Vaccination in Bombay 1902-1912 - 1902-1912
Year: 1902
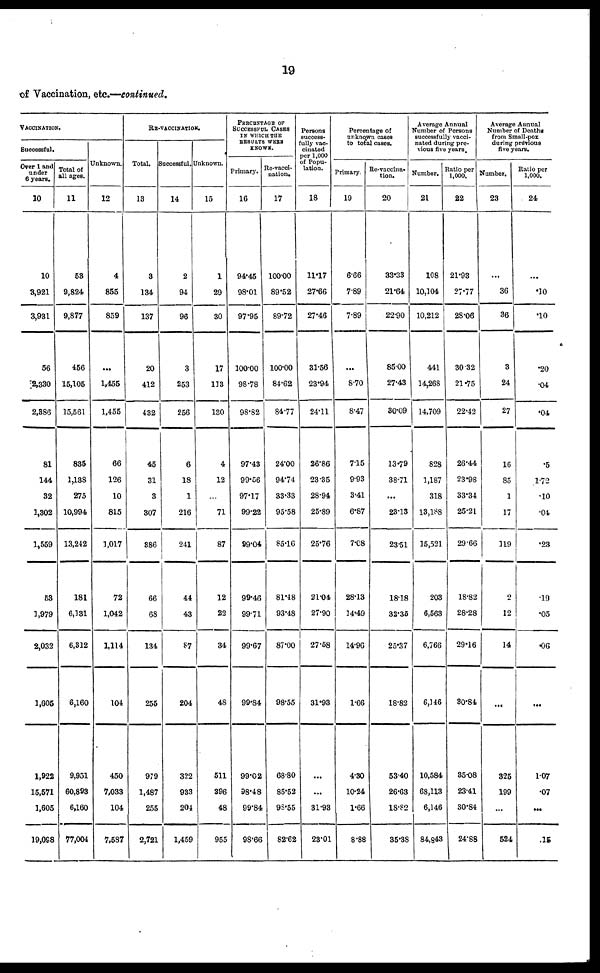
19
of Vaccination, etc.—continued.
VACCINATION.
Successful.
Over 1 and
under
6 years.
10
10
3,921
3,931
56
2,330
2,386
81
144
32
1,302
1,559
53
1,979
2,032
1,605
1,922
15,571
1,605
19,098
Total of
all ages.
11
53
9,824
9,877
456
15,105
15,561
835
1,138
275
10,994
13,242
181
6,131
6,312
6,160
9,951
60,893
6,160
77,004
Unknown.
12
4
855
859
...
1,455
1,455
66
126
10
815
1,017
72
1,042
1,114
104
450
7,033
104
7,587
RE-VACCINATION.
Total.
13
3
134
137
20
412
432
45
31
3
307
386
66
68
134
255
979
1,487
255
2,721
Successful.
14
2
94
96
3
253
256
6
18
1
216
241
44
43
87
204
322
933
204
1,459
Unknown.
15
1
29
30
17
113
130
4
12
...
71
87
12
22
34
48
511
396
48
955
PERCENTAGE OF
SUCCESSFUL CASES
IN WHICH THE
RESULTS WERE
KNOWN.
Primary.
16
94.45
98.01
97.95
100.00
98.78
98.82
97.43
99.56
97.17
99.22
99.04
99.46
99.71
99.67
99.84
99.02
98.48
99.84
98.66
Re-vacci-
nation.
17
100.00
89.52
89.72
100.00
84.62
84.77
24.00
94.74
33.33
95.58
85.16
81.48
93.48
87.00
98.55
68.80
85.52
98.55
82.62
Persons
success-
fully vac-
cinated
per 1,000
of Popu-
lation.
18
11.17
27.66
27.46
31.56
23.94
24.11
26.86
23.35
28.94
25.89
25.76
21.04
27.90
27.58
31.93
...
...
31.93
23.01
Percentage of
unknown cases
to total cases.
Primary.
19
6.66
7.89
7.89
...
8.70
8.47
7.15
9.93
3.41
6.87
7.08
28.13
14.49
14.96
1.66
4.30
10.24
1.66
8.88
Re-vaccina-
tion.
20
33.33
21.64
22.90
85.00
27.43
30.09
13.79
38.71
...
23.13
23.51
18.18
32.35
25.37
18.82
53.40
26.63
18.82
35.38
Average Annual
Number of Persons
successfully vacci-
nated during pre-
vious five years.
Number.
21
108
10,104
10,212
441
14,268
14,709
828
1,187
318
13,188
15,521
203
6,563
6,766
6,146
10,584
68,113
6,146
84,843
Ratio per
1,000.
22
21.93
27.77
28.06
30.32
21.75
22.42
26.44
23.98
33.34
25.21
29.66
18.82
28.28
29.16
30.84
35.08
23.41
30.84
24.88
Average Annual
Number of Deaths
from Small-pox
during previous
five years.
Number.
23
...
36
36
3
24
27
16
85
1
17
119
2
12
14
...
325
199
...
524
Ratio per
1,000.
24
...
.10
.10
.20
.04
.04
.5
1.72
.10
.04
.23
.19
.05
.06
...
1.07
.07
...
.15